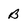
Character: B